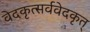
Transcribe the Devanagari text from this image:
वेदकृत्सर्ववेदकृत्